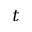
t